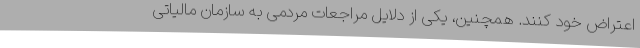
اعتراض خود کنند. همچنین، یکی از دلایل مراجعات مردمی به سازمان مالیاتی